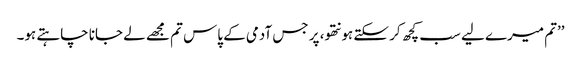
’’تم میرے لیے سب کچھ کر سکتے ہو نتھو، پر جس آدمی کے پاس تم مجھے لے جانا چاہتے ہو۔